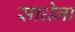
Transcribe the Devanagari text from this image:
साधेना